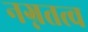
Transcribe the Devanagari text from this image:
नग्नतत्व